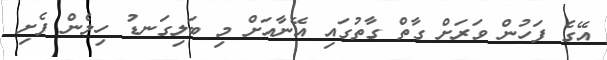
އޭގެ ފަހުން ވަރަށް ގާތް ގާތުގައި އޭނާއަށް މި ބަލިގަނޑު ހިލެން ފެށި